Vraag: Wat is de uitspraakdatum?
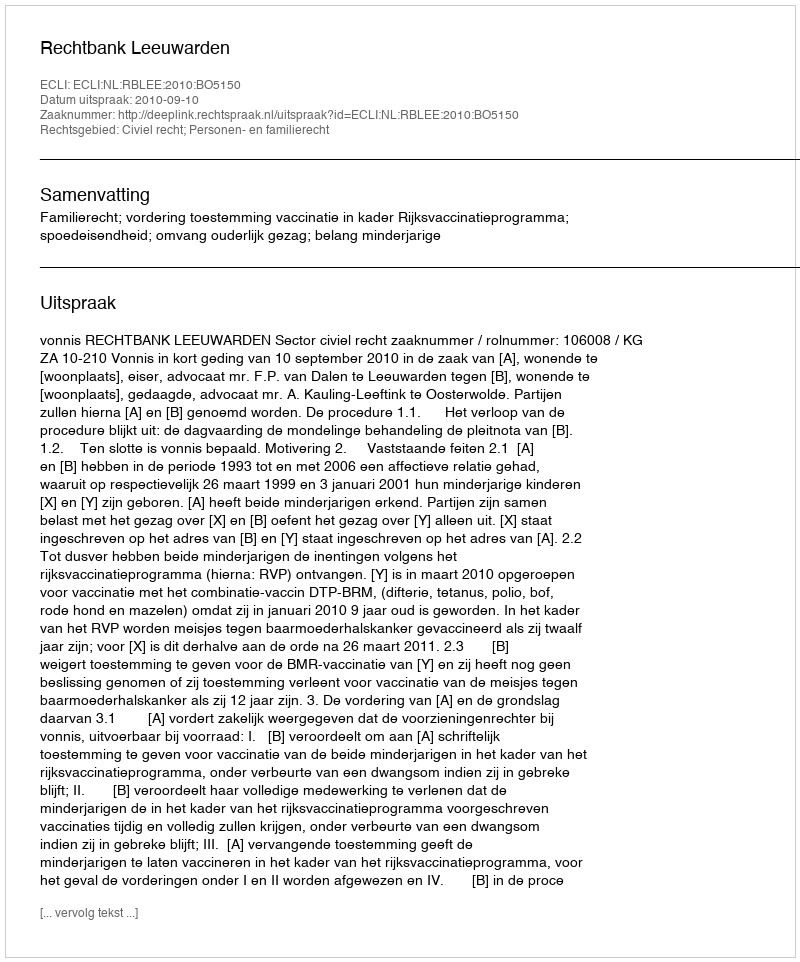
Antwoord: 2010-09-10